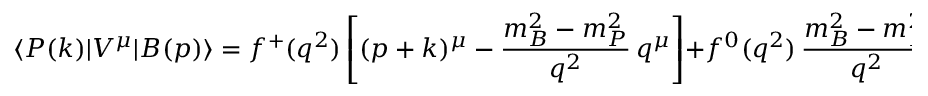
\langle P ( k ) | V ^ { \mu } | B ( p ) \rangle = f ^ { + } ( q ^ { 2 } ) \left[ ( p + k ) ^ { \mu } - \frac { m _ { B } ^ { 2 } - m _ { P } ^ { 2 } } { q ^ { 2 } } \, q ^ { \mu } \right] + f ^ { 0 } ( q ^ { 2 } ) \, \frac { m _ { B } ^ { 2 } - m _ { P } ^ { 2 } } { q ^ { 2 } } \, q ^ { \mu } \ ,